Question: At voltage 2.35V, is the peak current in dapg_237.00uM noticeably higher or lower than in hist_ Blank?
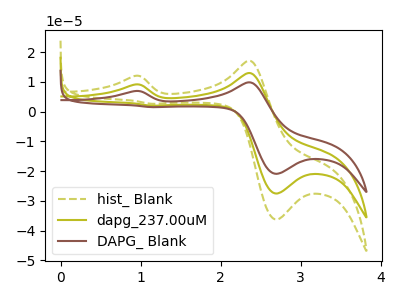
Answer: <think>The olive dashed curve "hist_ Blank" has anodic peaks at (0.95V, 18.25uA) (2.35V, 26.00uA) and cathodic peaks at (2.70V, -55.05uA) (1.15V, 4.05uA). The olive curve "dapg_237.00uM" has anodic peaks at (0.95V, 9.15uA) (2.35V, 13.00uA) and cathodic peaks at (2.70V, -27.55uA) (1.15V, 2.00uA). The brown curve "DAPG_ Blank" has anodic peaks at (0.95V, 6.95uA) (2.35V, 9.85uA) and cathodic peaks at (2.70V, -20.90uA) (1.15V, 1.55uA).</think>
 <answer>The peak at 2.35V is lower in "dapg_237.00uM" than in "hist_ Blank".</answer>
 <eval>lower</eval>